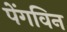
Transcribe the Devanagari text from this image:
पेंगविन